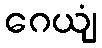
ဂေယျံ